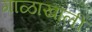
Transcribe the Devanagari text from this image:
गाळाखाली